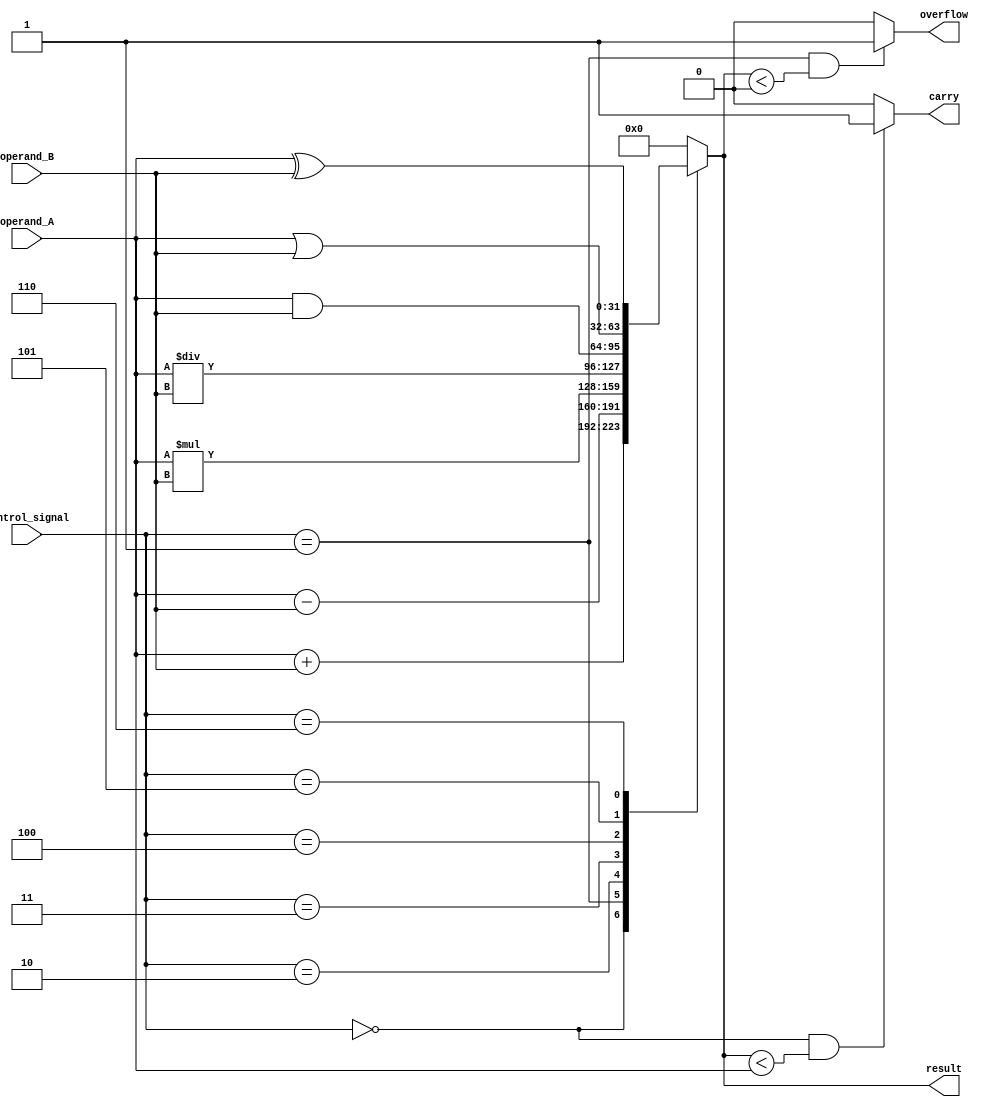
module ALU(
    input [31:0] operand_A,
    input [31:0] operand_B,
    input [2:0] control_signal,
    output reg [31:0] result,
    output reg carry,
    output reg overflow
);

always @* begin
    case(control_signal)
        3'b000: result = operand_A + operand_B; // Addition
        3'b001: result = operand_A - operand_B; // Subtraction
        3'b010: result = operand_A * operand_B; // Multiplication
        3'b011: result = operand_A / operand_B; // Division
        3'b100: result = operand_A & operand_B; // AND
        3'b101: result = operand_A | operand_B; // OR
        3'b110: result = operand_A ^ operand_B; // XOR
        default: result = 32'd0; // Default to 0
    endcase
    
    // Carry and overflow flags
    if(control_signal == 3'b000 && result < operand_A) carry = 1;
    else carry = 0;
    
    if(control_signal == 3'b001 && result < 0) overflow = 1;
    else overflow = 0;
end

endmodule